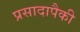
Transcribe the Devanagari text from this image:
प्रसादापैकी